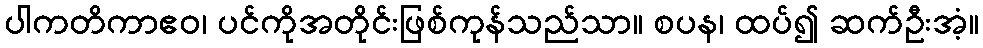
ပါကတိကာဧဝ၊ ပင်ကိုအတိုင်းဖြစ်ကုန်သည်သာ။ စပန၊ ထပ်၍ ဆက်ဦးအံ့။